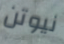
نيوتن